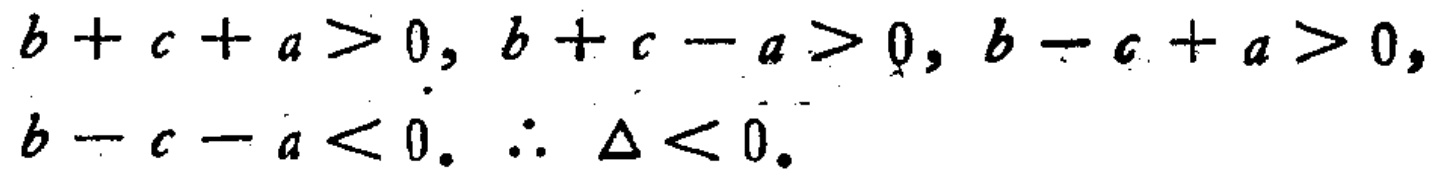
\(b + c + a > 0, b + c - a > 0, b - c + a > 0, b - c - a < 0. \therefore \Delta < 0.\)